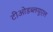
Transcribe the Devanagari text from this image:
टीओडब्लयूएल